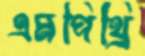
এমপিথ্রি